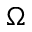
\Omega